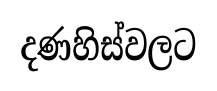
දණහිස්වලට